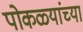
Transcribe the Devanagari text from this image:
पोकळ्यांच्या